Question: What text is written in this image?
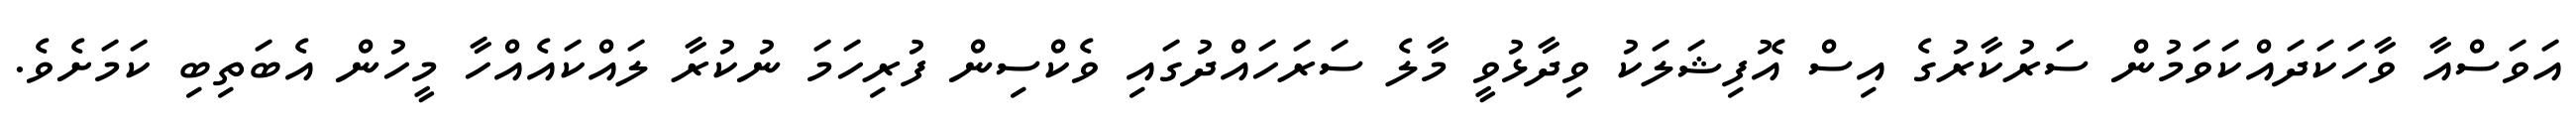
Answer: އަވަސްއާ ވާހަކަދައްކަވަމުން ސަރުކާރުގެ އިސް އޮފިޝަލަކު ވިދާޅުވީ މާލެ ސަރަހައްދުގައި ވެކްސިން ފުރިހަމަ ނުކުރާ ލައްކައެއްހާ މީހުން އެބަތިބި ކަމަށެވެ.